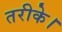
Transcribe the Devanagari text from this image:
तरीके।